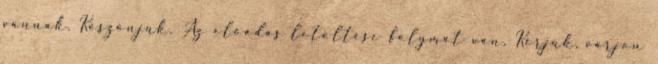
vannak. Köszönjük. Az előadás letöltése folymat van. Kérjük, várjon